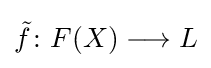
{\tilde {f}}\colon F(X)\longrightarrow L